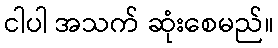
ငါပါ အသက် ဆုံးစေမည်။